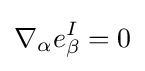
\nabla _{\alpha }e_{\beta }^{I}=0